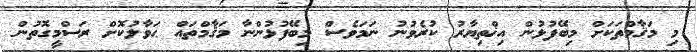
މި މަޤާމްތަކަށް މިބޭފުޅުން އިޚްތިޔާރު ކުރެވުނު ނަމަވެސް މިބޭފުޅުންނާ މަޤާމްތައް ޙަވާލުކޮށް ރަސްމީގޮތުން